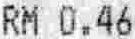
RM 0.46